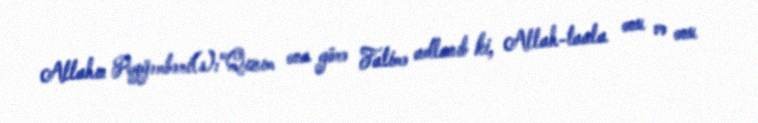
Allahın Peyğəmbəri(s):"Qızım ona görə Fatimə adlanıb ki, Allah-taala onu və onu